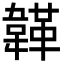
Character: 韚